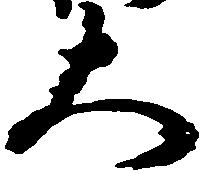
大